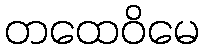
တထေဝိမေ